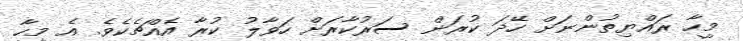
މީހާ ރައްޔިތުންނަށް ހޭދަ ކުރަން ސަރުކާރަށް ހަވާލު ކުރާ އެއްޗެކެވެ. އެ މީހާ